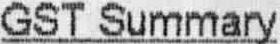
GST SUMMARY